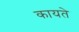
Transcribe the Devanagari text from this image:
कायते